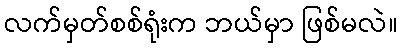
လက်မှတ်စစ်ရုံးက ဘယ်မှာ ဖြစ်မလဲ။